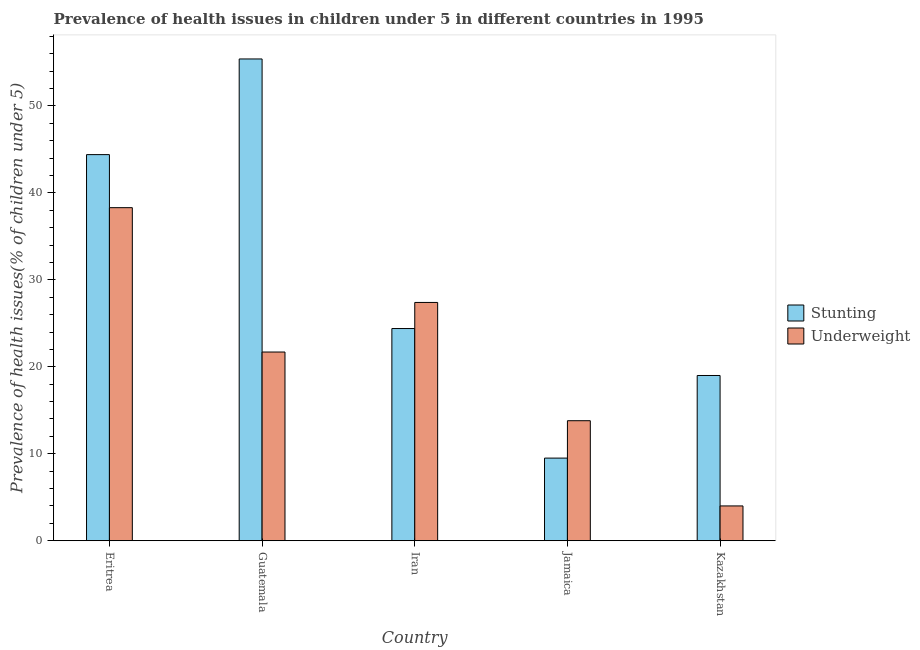
| Country | Stunting | Underweight |
 | --- | --- | --- |
 | Eritrea | 44.4 | 38.3 |
 | Guatemala | 55.4 | 21.7 |
 | Iran | 24.4 | 27.4 |
 | Jamaica | 9.5 | 13.8 |
 | Kazakhstan | 19 | 4 |